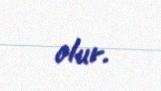
olur.